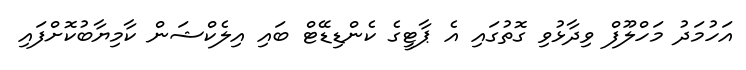
އަހުމަދު މަހްލޫފް ވިދާޅުވި ގޮތުގައި އެ ޕާޓީގެ ކެންޑިޑޭޓް ބައި އިލެކްޝަން ކާމިޔާބުކޮށްފައި